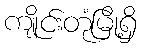
ကျိုင်းတုံမြို့ရှိ